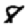
Digit: 8